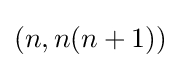
(n,n(n+1))